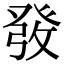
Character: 𤼲